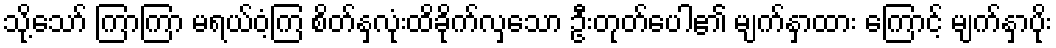
သို့သော် ကြာကြာ မရယ်ဝံ့ကြ စိတ်နှလုံးထိခိုက်လှသော ဦးတုတ်ပေါ၏ မျက်နှာထား ကြောင့် မျက်နှာပိုး